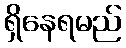
ရှိနေရမည်